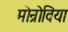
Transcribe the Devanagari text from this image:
मोन्रोविया